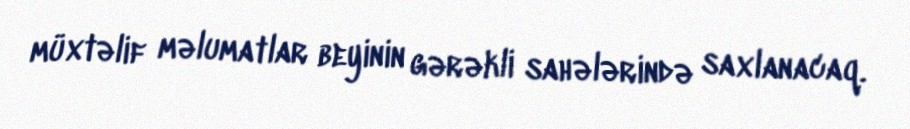
müxtəlif məlumatlar beyinin gərəkli sahələrində saxlanacaq.